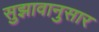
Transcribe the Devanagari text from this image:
सुझावानुसार